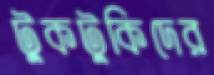
টুকটুকিদের